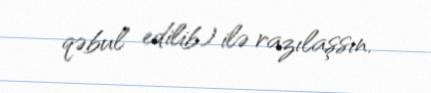
qəbul edilib) ilə razılaşsın.